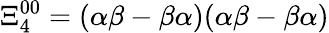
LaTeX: \Xi_{4}^{00}=(\alpha\beta-\beta\alpha)(\alpha\beta-\beta\alpha)